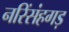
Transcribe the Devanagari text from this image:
नरिंसंहगड़